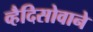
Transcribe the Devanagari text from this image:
व्हैदिसोवाने